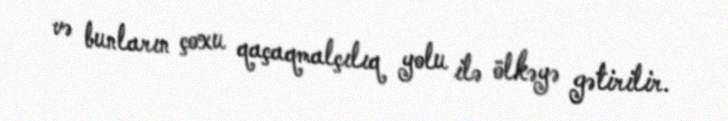
və bunların çoxu qaçaqmalçılıq yolu ilə ölkəyə gətirilir.